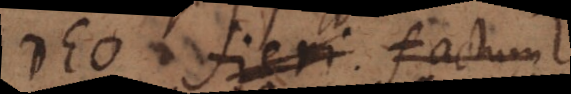
Deo fieri. factum